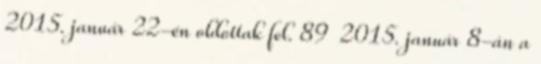
2015. január 22-én oldottak fel. 89 2015. január 8-án a